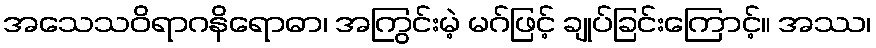
အသေသဝိရာဂနိရောဓာ၊ အကြွင်းမဲ့ မဂ်ဖြင့် ချုပ်ခြင်းကြောင့်။ အဿ၊